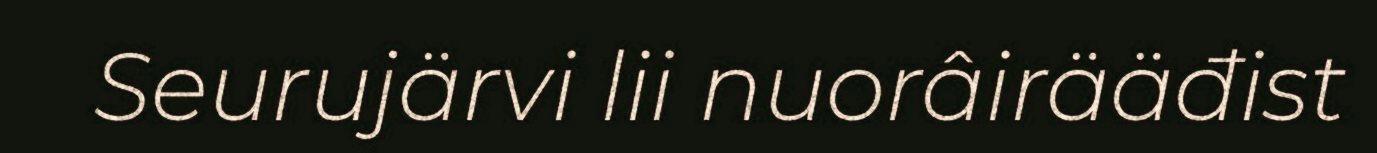
Seurujärvi lii nuorâirääđist